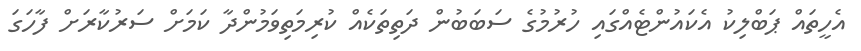
އެހީތައް ޕަބްލިކު އެކައުންޓެއްގައި ހުރުމުގެ ސަބަބުން ދަތިތަކެއް ކުރިމަތިވަމުންދާ ކަމަށް ސަރުކާރަށް ފާހަގަ